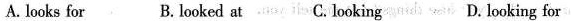
A. looks for B. looked at C. Looking D. Looking for